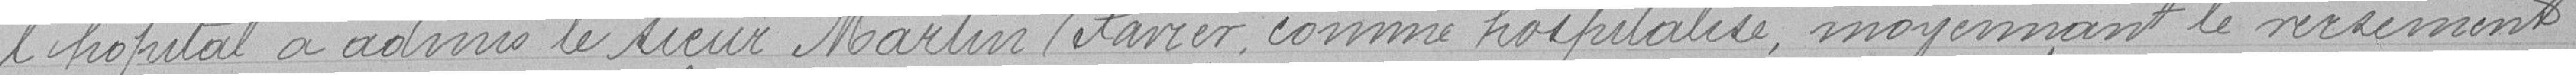
l'hôpital a admis le sieur Martin Xavier comme hospitalisé moyennant le versement